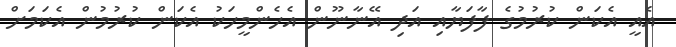
އެއީ އެކަން ކުރުމުގެ ފާފަޔާއި އަދި އޭނާނޫން އެހެންމީހަކު އެކަން ކުރުމުން އެކަމަށް